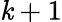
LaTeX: \mathit{k}+1